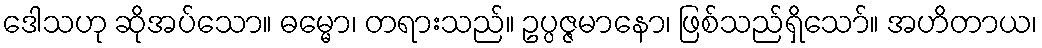
ဒေါသဟု ဆိုအပ်သော။ ဓမ္မော၊ တရားသည်။ ဥပ္ပဇ္ဇမာနော၊ ဖြစ်သည်ရှိသော်။ အဟိတာယ၊